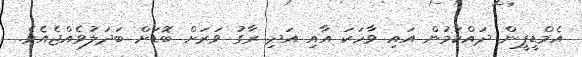
އެމްޑީޕީން ދައްކަމުން އައި ވާހަކަ އާއި އަދި ރާގު ވަރަށް ބޮޑަށް ބަދަލުވެއްޖެއެވެ.